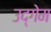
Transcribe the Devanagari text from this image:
उद्गेम